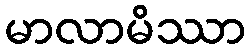
မာလာမိဿာ